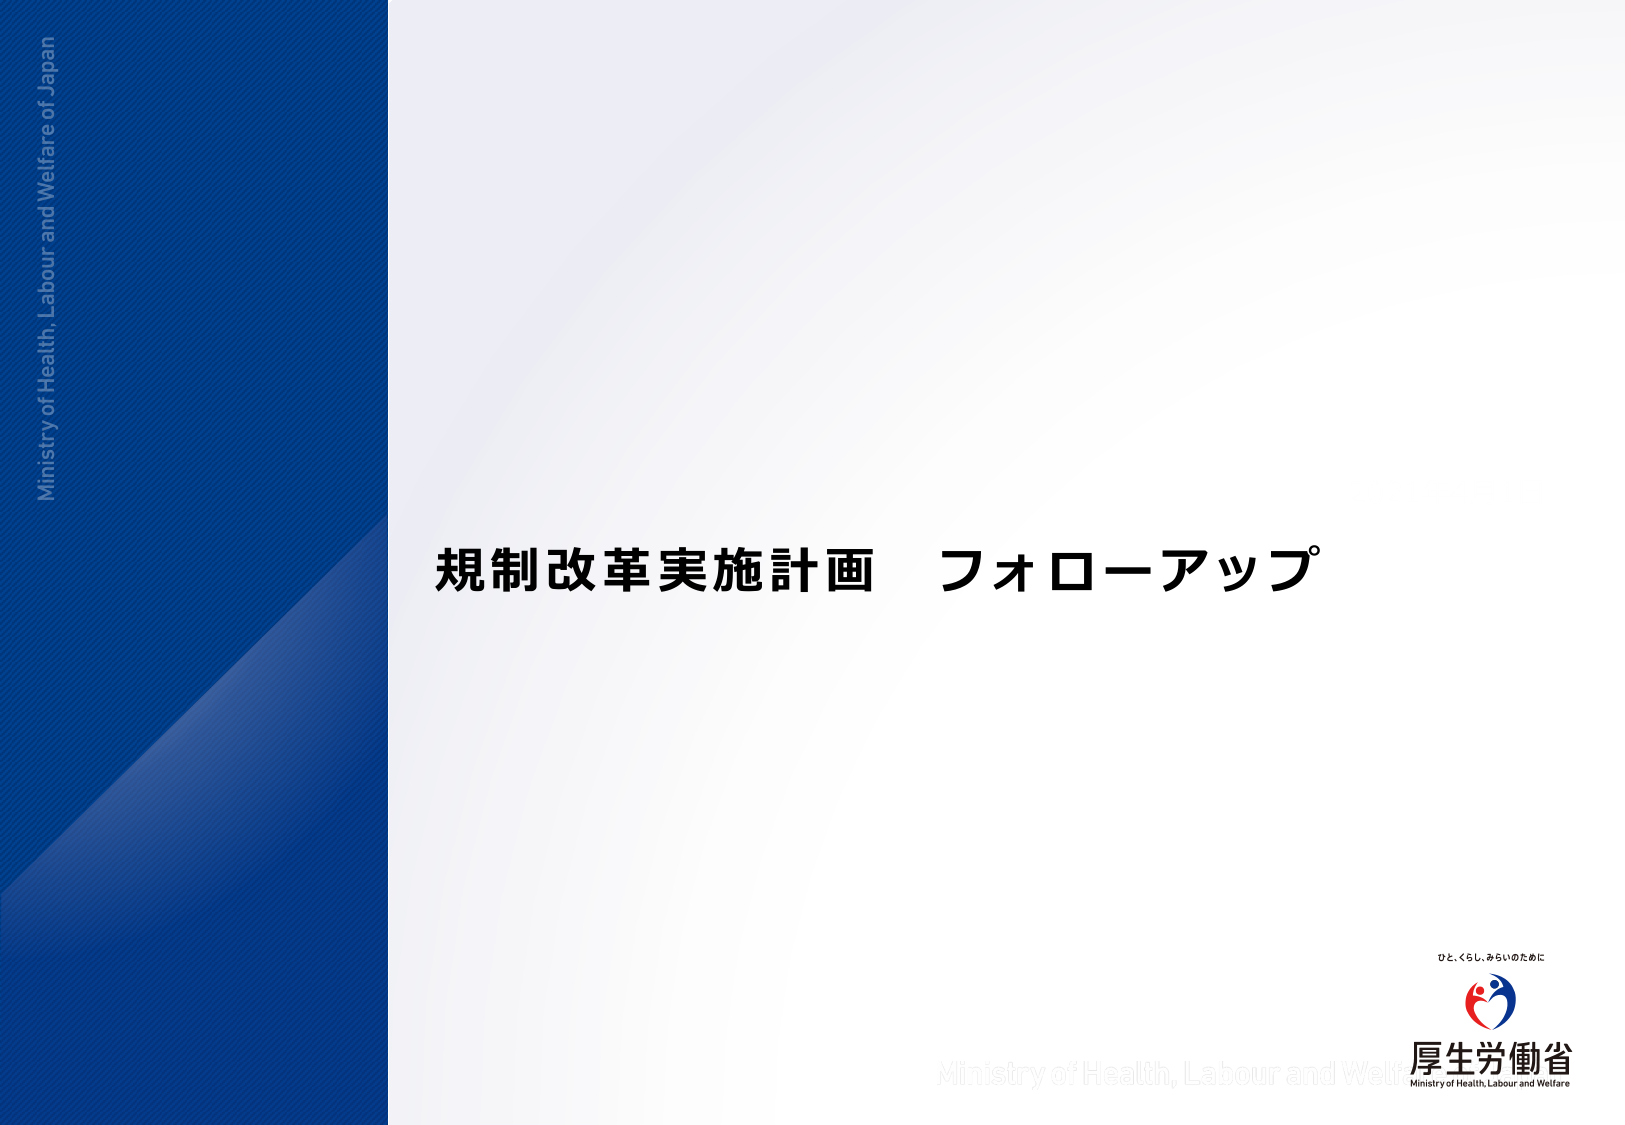
Ministry of Health, Labour and Welfare of Japan
規制改革実施計画 フォローアップ
ひと、くらし、みらいのために
厚生労働省
Ministry of Health, Labour and Welfare